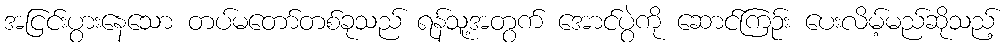
အငြင်းပွားနေသော တပ်မတော်တစ်ခုသည် ရန်သူ့အတွက် အောင်ပွဲကို ဆောင်ကြဉ်း ပေးလိမ့်မည်ဆိုသည့်